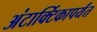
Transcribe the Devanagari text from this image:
अंटार्क्टिकापर्यंत